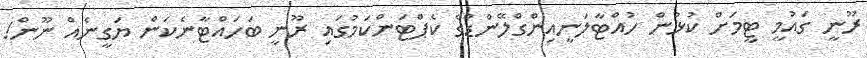
ރޫނީ ގައުމީ ޓީމަށް ކުޅުން ހުއްޓާލަނީއިންގްލޭންޑްގެ ކެޕްޓަންކަމުގައި ރޫނީ ބަހައްޓާނެކަން ޔަގީނެއް ނޫން!